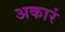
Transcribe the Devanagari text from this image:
अकारं